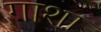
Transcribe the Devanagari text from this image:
गाशा